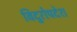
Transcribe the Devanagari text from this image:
विदुरोपदेश